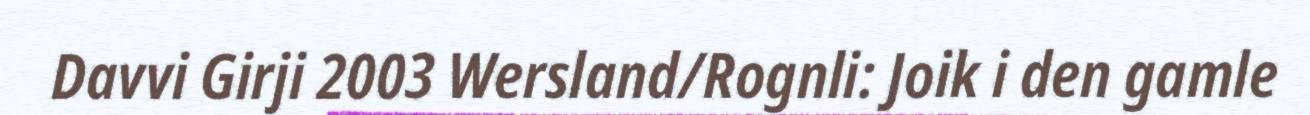
Davvi Girji 2003 Wersland/Rognli: Joik i den gamle